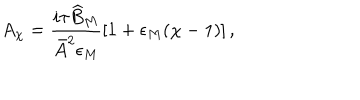
A _ { \chi } = \frac { i \tau \widehat { B } _ { M } } { \bar { A } ^ { 2 } \epsilon _ { M } } \left[ 1 + \epsilon _ { M } ( \chi - 1 ) \right] ,